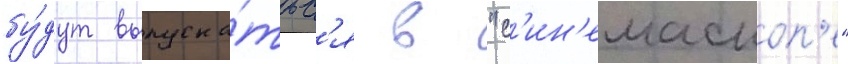
бу́дут выпуска́тьс'я в "с'ин'емаскоп'е"